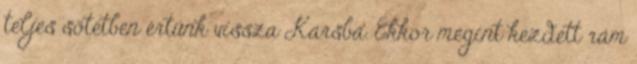
teljes sötétben értünk vissza Karsba. Ekkor megint kezdett rám